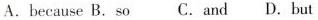
A.because B.so C.and D.but